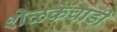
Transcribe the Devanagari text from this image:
शेळकेवाडी